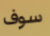
سوف